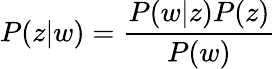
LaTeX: P(z|w)=\frac{P(w|z)P(z)}{P(w)}